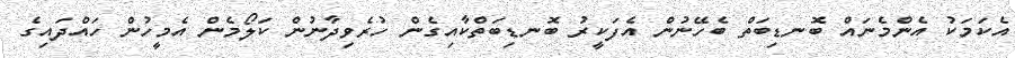
އެކަމަކު އެންމެނައް ބޮނޑިބަތް ބެހޭނުން އެފަކީރު ބޮނޑިބަތްކާއިގެން ހުރެވިދާނުން ކަލޯމެން އެމީހުން ހައްދައިގެ